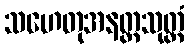
သဟေတုအနတ္တသုတ္တံ